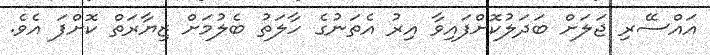
އައްސޭރި ޖަލަށް ބަދަލުކޮށްފައިވާ އިރު އެތަނުގެ ހާލަތު ބެލުމަށް ޒިޔާރަތް ކޮށްފަ އެވެ.